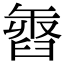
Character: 𦥽